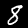
Digit: 8